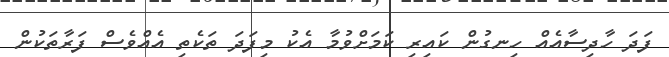
ފަދަ ހާދިސާއެއް ހިނގުން ކައިރި ކަމަށްވުމާ އެކު މިފަދަ ތަކެތި އެއްވެސް ފަރާތަކުން